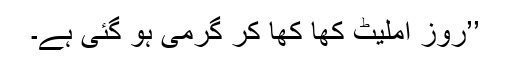
’’روز آملیٹ کھا کھا کر گرمی ہو گئی ہے۔